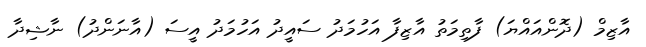
އާޒިމް (ދޮންއައްޔަ) ފާތިމަތު އާޒިފާ އަހުމަދު ސައީދު އަހުމަދު އީސަ (އާނަންދު) ނާޝިދާ